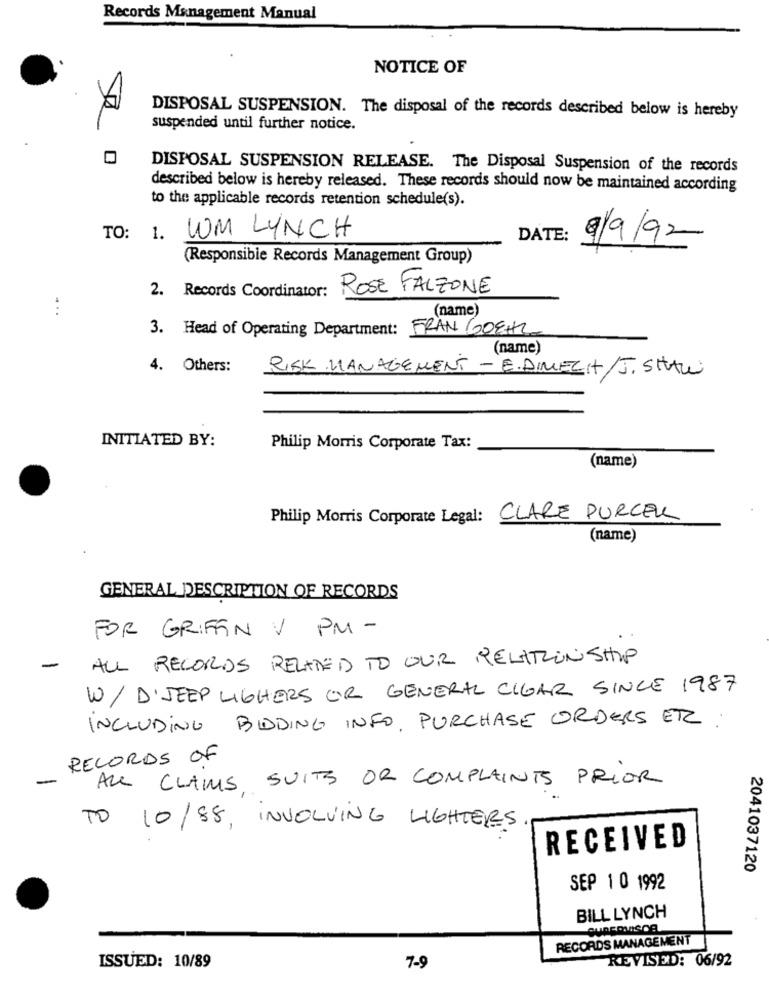
Records Management Manual
NOTICE OF
DISPOSAL SUSPENSION. The disposal of the records described below is hereby
suspended until further notice.
DISPOSAL SUSPENSION RELEASE. The Disposal Suspension of the records
described below is hereby released. These records should now be maintained according
to the applicable records retention schedule(s).
TO: 1. UM LYNCH
DATE:
9/9/92
(Responsible Records Management Group)
2. Records Coordinator:
ROSE FALZONE
(name)
...
3. Head of Operating Department: FRANGOEHL
(name)
4. Others:
RISK MANAGEMENT - E.DIMECIT/J. SHAW
INITIATED BY:
Philip Morris Corporate Tax:
(name)
Philip Morris Corporate Legal: CLARE PURCEL
(name)
GENERAL DESCRIPTION OF RECORDS
FOR GRIFFIN V PM -
ALL RECORDS RELATED TO OUR RELATIONSHIP
-
W/ D'JEEP LIGHERS OR GENERAL CIGAR SINCE 1987
INCLUDING BIDDING INFO. PURCHASE ORDERS ER .
RECORDS OF
ALL CLAIMS SUITS OR COMPLAINTS PRIOR
TO 10/88, INVOLVING LIGHTERS
RECEIVED
2041037120
SEP 1 0 1992
BILL LYNCH
RECORDS MANAGEMENT
REVISED: 06/92
ISSUED: 10/89
7-9